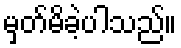
မှတ်မိခဲ့ပါသည်။